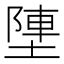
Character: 塦